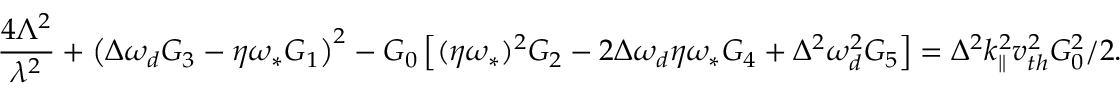
\frac { 4 \Lambda ^ { 2 } } { \lambda ^ { 2 } } + \left( \Delta \omega _ { d } G _ { 3 } - \eta \omega _ { \ast } G _ { 1 } \right) ^ { 2 } - G _ { 0 } \left[ ( \eta \omega _ { \ast } ) ^ { 2 } G _ { 2 } - 2 \Delta \omega _ { d } \eta \omega _ { \ast } G _ { 4 } + \Delta ^ { 2 } \omega _ { d } ^ { 2 } G _ { 5 } \right] = \Delta ^ { 2 } k _ { \| } ^ { 2 } v _ { t h } ^ { 2 } G _ { 0 } ^ { 2 } / 2 .